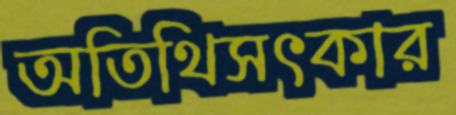
অতিথিসৎকার